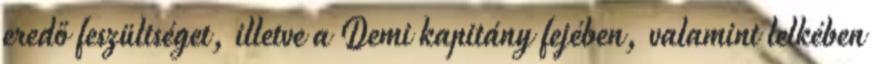
eredő feszültséget, illetve a Demi kapitány fejében, valamint lelkében